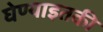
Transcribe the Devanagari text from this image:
घेण्याइतकी